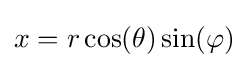
x=r\cos(\theta )\sin(\varphi )